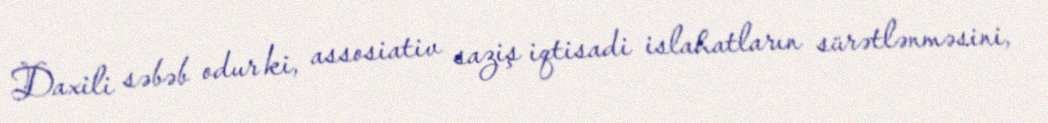
Daxili səbəb odur ki, assosiativ saziş iqtisadi islahatların sürətlənməsini,